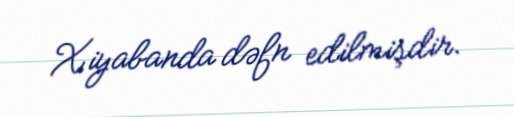
Xiyabanda dəfn edilmişdir.